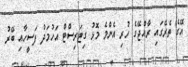
އޭގެ ތެރޭގައި ރާއްޖޭގެ ހުރި އެންމެ މޮޅު ގިޓަރިސްޓް އަހުމަދު ފަސީހާއި ބޭރު